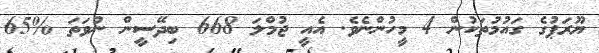
ޔޫރަޕުގެ ގައުމުތަކުން 4 މީހުންނެވެ. އެއީ ޖުމްލަ 668 ބިދޭސީން ނުވަތަ %65